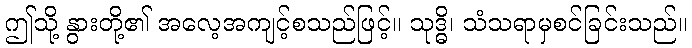
ဤသို့ နွားတို့၏ အလေ့အကျင့်စသည်ဖြင့်။ သုဒ္ဓိ၊ သံသရာမှစင်ခြင်းသည်။